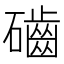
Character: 𥗊